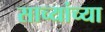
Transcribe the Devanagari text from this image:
साच्यांच्या